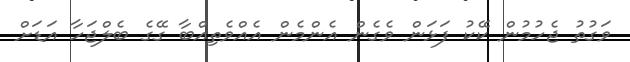
ވަގުތު ޖެހުމުން ކޭކު ފަޅަން ވެގެން އެންމެން އެއްވެތިއްބާ ގޭގެ ބެލްޖަހާ އަޑަށް